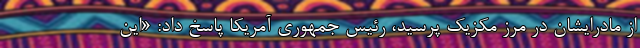
از مادرایشان در مرز مکزیک پرسید، رئیس جمهوری آمریکا پاسخ داد: «این